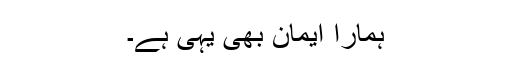
ہمارا ایمان بھی یہی ہے۔